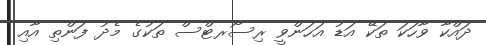
ދައްކާ ވާހަކަ ތަކޭ އަޑު އަހަންވީ ރިސޯރޓްސް ތަކުގެ މެދު ފަންތި އާއި